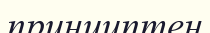
принциптен